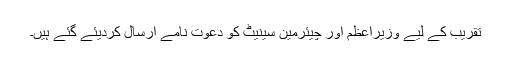
تقریب کے لیے وزیراعظم اور چیئرمین سینیٹ کو دعوت نامے ارسال کردیئے گئے ہیں۔